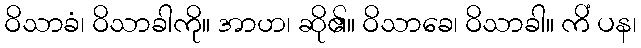
ဝိသာခံ၊ ဝိသာခါကို။ အာဟ၊ ဆို၏။ ဝိသာခေ၊ ဝိသာခါ။ ကိံ ပန၊